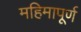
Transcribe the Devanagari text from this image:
महिमापूर्ण